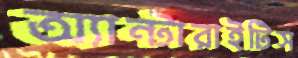
অ্যান্টারাইটিস